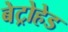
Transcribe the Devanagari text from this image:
बेट्रोहेड